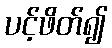
ပင့်ဖိတ်၍